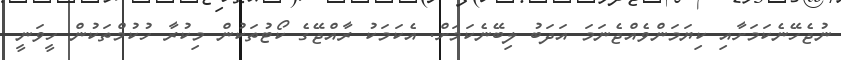
ނުޖެހޭނެކަމަށާއި ކިޔަމަންވެއްޖެނަމަ އަދަބު ލިބޭނެކަމަށް. އެކަމަކު ރާއްޖޭގެ ކޯޓުތަކުން މިކުރާ ހުކުމްތަކުން ހީވަނީ